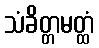
သံခိတ္တမတ္ထံ